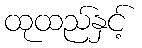
ထုထည်နှင့်